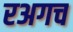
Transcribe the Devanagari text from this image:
रअगच